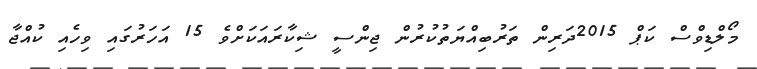
މޯލްޑިވްސް ކަޕް 2015ދަރިން ތަރުބިއްޔަތުކުރުން ޖިންސީ ޝިކާރައަކަށްވެ 15 އަހަރުގައި ވިހެއި ކުއްޖާ